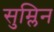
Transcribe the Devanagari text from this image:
सुम्लिन